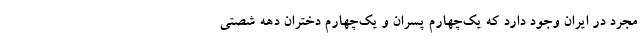
مجرد در ایران وجود دارد که یک‌چهارم پسران و یک‌چهارم دختران دهه شصتی